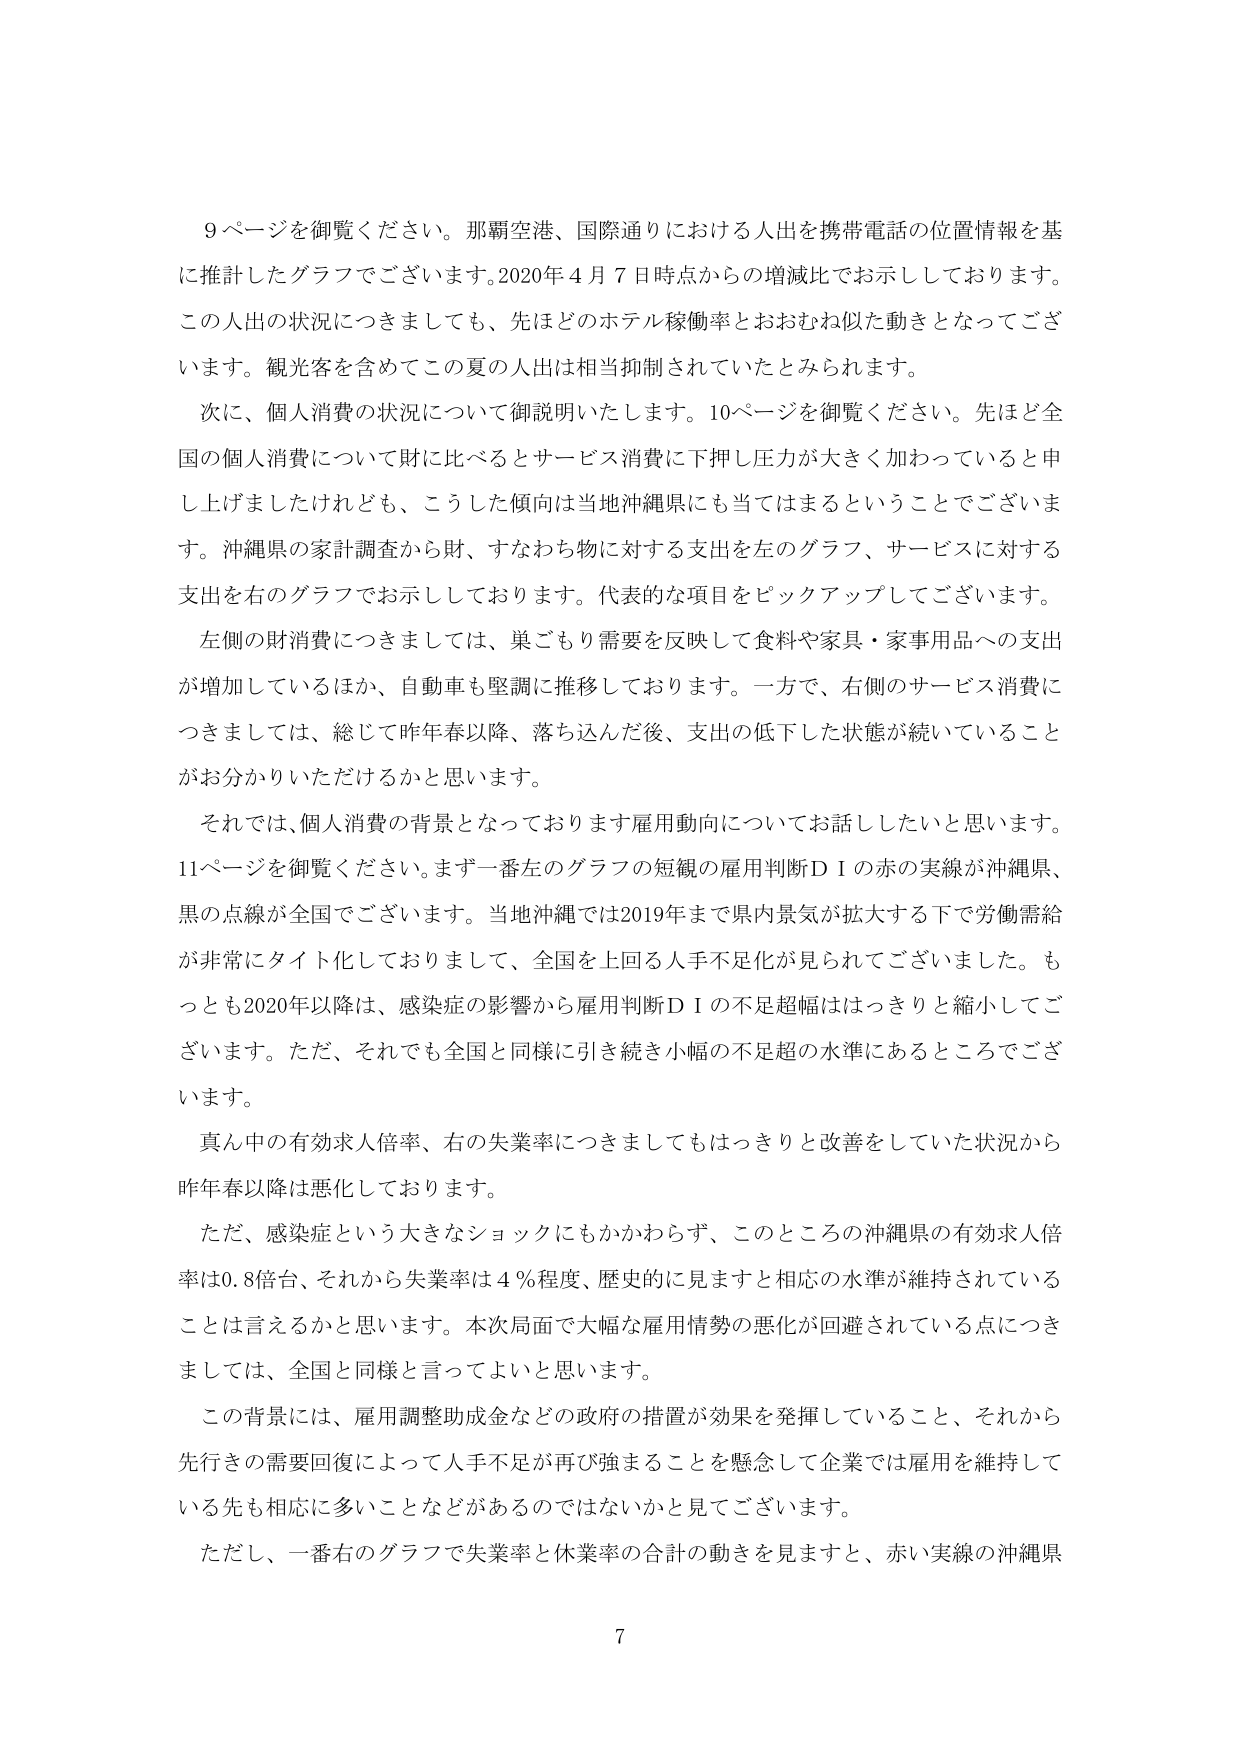
9ページを御覧ください。那覇空港、国際通りにおける人出を携帯電話の位置情報を基に推計したグラフでございます。2020年4月7日時点からの増減比でお示ししております。この人出の状況につきましても、先ほどのホテル稼働率とおおむね似た動きとなってございます。観光客を含めてこの夏の人出は相当抑制されていたとみられます。

次に、個人消費の状況について御説明いたします。10ページを御覧ください。先ほど全国の個人消費について財に比べるとサービス消費に下押し圧力が大きく加わっていると申し上げましたけれども、こうした傾向は当地沖縄県にも当てはまるということでございます。沖縄県の家計調査から財、すなわち物に対する支出を左のグラフ、サービスに対する支出を右のグラフでお示ししております。代表的な項目をピックアップしてございます。

左側の財消費につきましては、巣ごもり需要を反映して食料や家具・家事用品への支出が増加しているほか、自動車も堅調に推移しております。一方で、右側のサービス消費につきましては、総じて昨年春以降、落ち込んだ後、支出の低下した状態が続いていることがお分かりいただけるかと思います。

それでは、個人消費の背景となっております雇用動向についてお話したいと思います。11ページを御覧ください。まず一番左のグラフの短観の雇用判断ＤＩの赤の実線が沖縄県、黒の点線が全国でございます。当地沖縄では2019年まで県内景気が拡大する下で労働需給が非常にタイト化しておりまして、全国を上回る人手不足化が見られてございました。もっとも2020年以降は、感染症の影響から雇用判断ＤＩの不足超幅ははっきりと縮小してございます。ただ、それでも全国と同様に引き続き小幅の不足超の水準にあるところでございます。

真ん中の有効求人倍率、右の失業率につきましてもはっきりと改善していた状況から昨年春以降は悪化しております。

ただ、感染症という大きなショックにもかかわらず、このところの沖縄県の有効求人倍率は0.8倍台、それから失業率は4％程度、歴史的に見ますと相応の水準が維持されていることは言えるかと思います。本次局面で大幅な雇用情勢の悪化が回避されている点につきましては、全国と同様と言ってよいと思います。

この背景には、雇用調整助成金などの政府の措置が効果を発揮していること、それから先行きの需要回復によって人手不足が再び強まることを懸念して企業では雇用を維持している先も相応に多いことなどがあるのではないかと見てございます。

ただし、一番右のグラフで失業率と休業率の合計の動きを見ますと、赤い実線の沖縄県

7